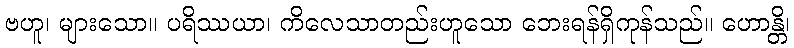
ဗဟူ၊ များသော။ ပရိဿယာ၊ ကိလေသာတည်းဟူသော ဘေးရန်ရှိကုန်သည်။ ဟောန္တိ၊